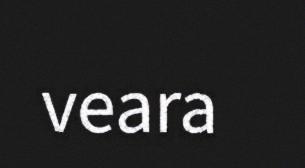
veara